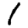
Digit: 1